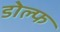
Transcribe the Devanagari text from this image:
डोल्फ